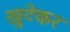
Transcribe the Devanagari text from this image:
खुटेकर